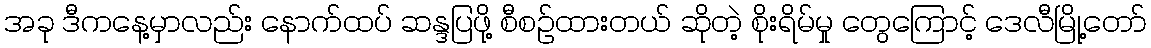
အခု ဒီကနေ့မှာလည်း နောက်ထပ် ဆန္ဒပြဖို့ စီစဉ်ထားတယ် ဆိုတဲ့ စိုးရိမ်မှု တွေကြောင့် ဒေလီမြို့တော်